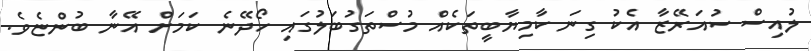
ލުއިސް ސުއަރޭޒާ އެކު ގިނަ ކާމިޔާބީތަކެއް މުސްތަގުބަލުގައި ހޯދޭނެ ކަމަށް އޭނާ ބުންޏެވެ.